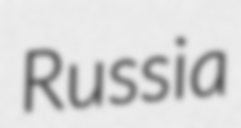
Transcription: Russia